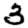
Digit: 3